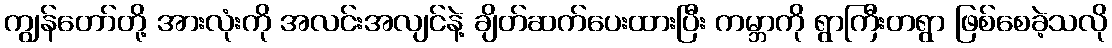
ကျွန်တော်တို့ အားလုံးကို အလင်းအလျင်နဲ့ ချိတ်ဆက်ပေးထားပြီး ကမ္ဘာကို ရွာကြီးတရွာ ဖြစ်စေခဲ့သလို